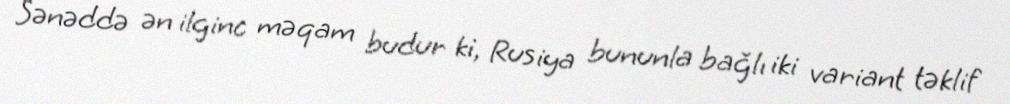
Sənəddə ən ilginc məqam budur ki, Rusiya bununla bağlı iki variant təklif